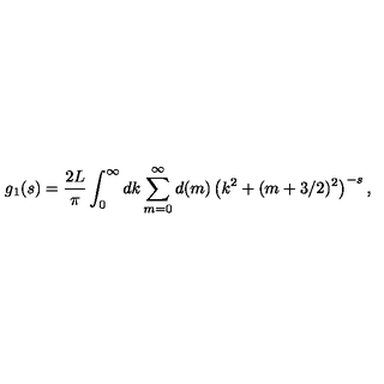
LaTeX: g _ { 1 } ( s ) = \frac { 2 L } { \pi } \int _ { 0 } ^ { \infty } d k \sum _ { m = 0 } ^ { \infty } d ( m ) \left( k ^ { 2 } + ( m + 3 / 2 ) ^ { 2 } \right) ^ { - s } ,